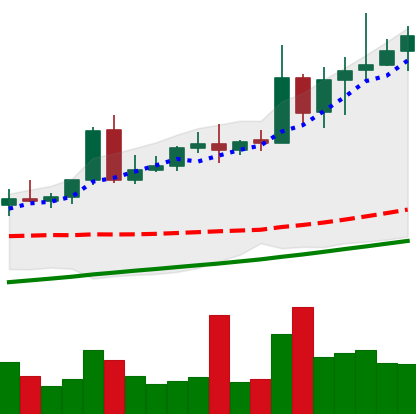
Ticker: NEO-USD
Chart end date: 2020-08-16
Forward return: 7.379%
Label: up_7plus